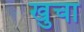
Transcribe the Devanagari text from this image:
खुचा